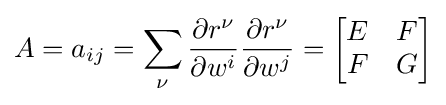
A=a_{ij}=\sum _{\nu }{\frac {\partial r^{\nu }}{\partial w^{i}}}{\frac {\partial r^{\nu }}{\partial w^{j}}}={\begin{bmatrix}E&F\\F&G\end{bmatrix}}